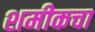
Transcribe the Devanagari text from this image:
शमीकचा